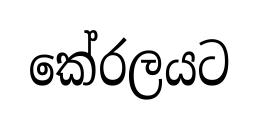
කේරලයට